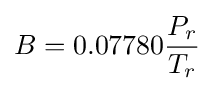
B=0.07780{\frac {P_{r}}{T_{r}}}